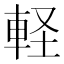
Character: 軽